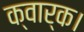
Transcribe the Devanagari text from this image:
क्वार्क।